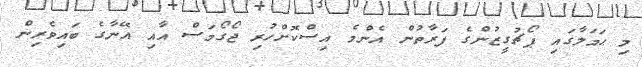
މި ޙަމަލާގައި ޕޯޗުގީޒުންގެ ފަރާތުން އެންމެ އިސްކޮށްހުރި ޖޯގޯމަސް އާއި އޭނާގެ ބައިވެރިން